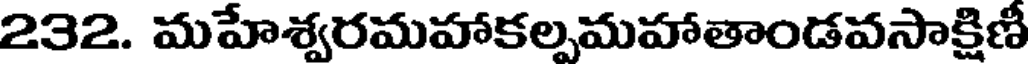
232. మహేశ్వరమహాకల్పమహాతాండవసాక్షిణీ